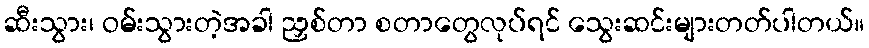
ဆီးသွား၊ ဝမ်းသွားတဲ့အခါ ညှစ်တာ စတာတွေလုပ်ရင် သွေးဆင်းများတတ်ပါတယ်။